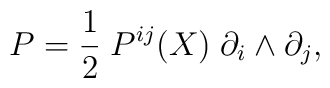
P=\frac{1}{2}\;P^{ij}(X)\;\partial_i\wedge \partial_j,